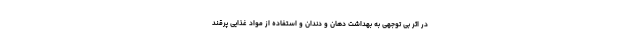
در اثر بی توجهی به بهداشت دهان و دندان و استفاده از مواد غذایی پرقند